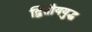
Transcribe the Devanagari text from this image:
द्वितीययुद्ध